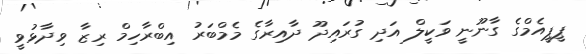
ޕީޕީއެމްގެ ގާނޫނީ ވަކީލް އަދި ގުރައިދޫ ދާއިރާގެ މެމްބަރު އިބްރާހިމް ރިޒާ ވިދާޅުވީ